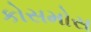
કોસમોસ